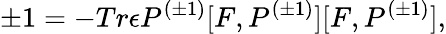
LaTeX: \pm 1=-Tr{\epsilon}P^{(\pm 1)}[F,P^{(\pm 1)}][F,P^{(\pm 1)}],